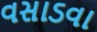
વસાડવા